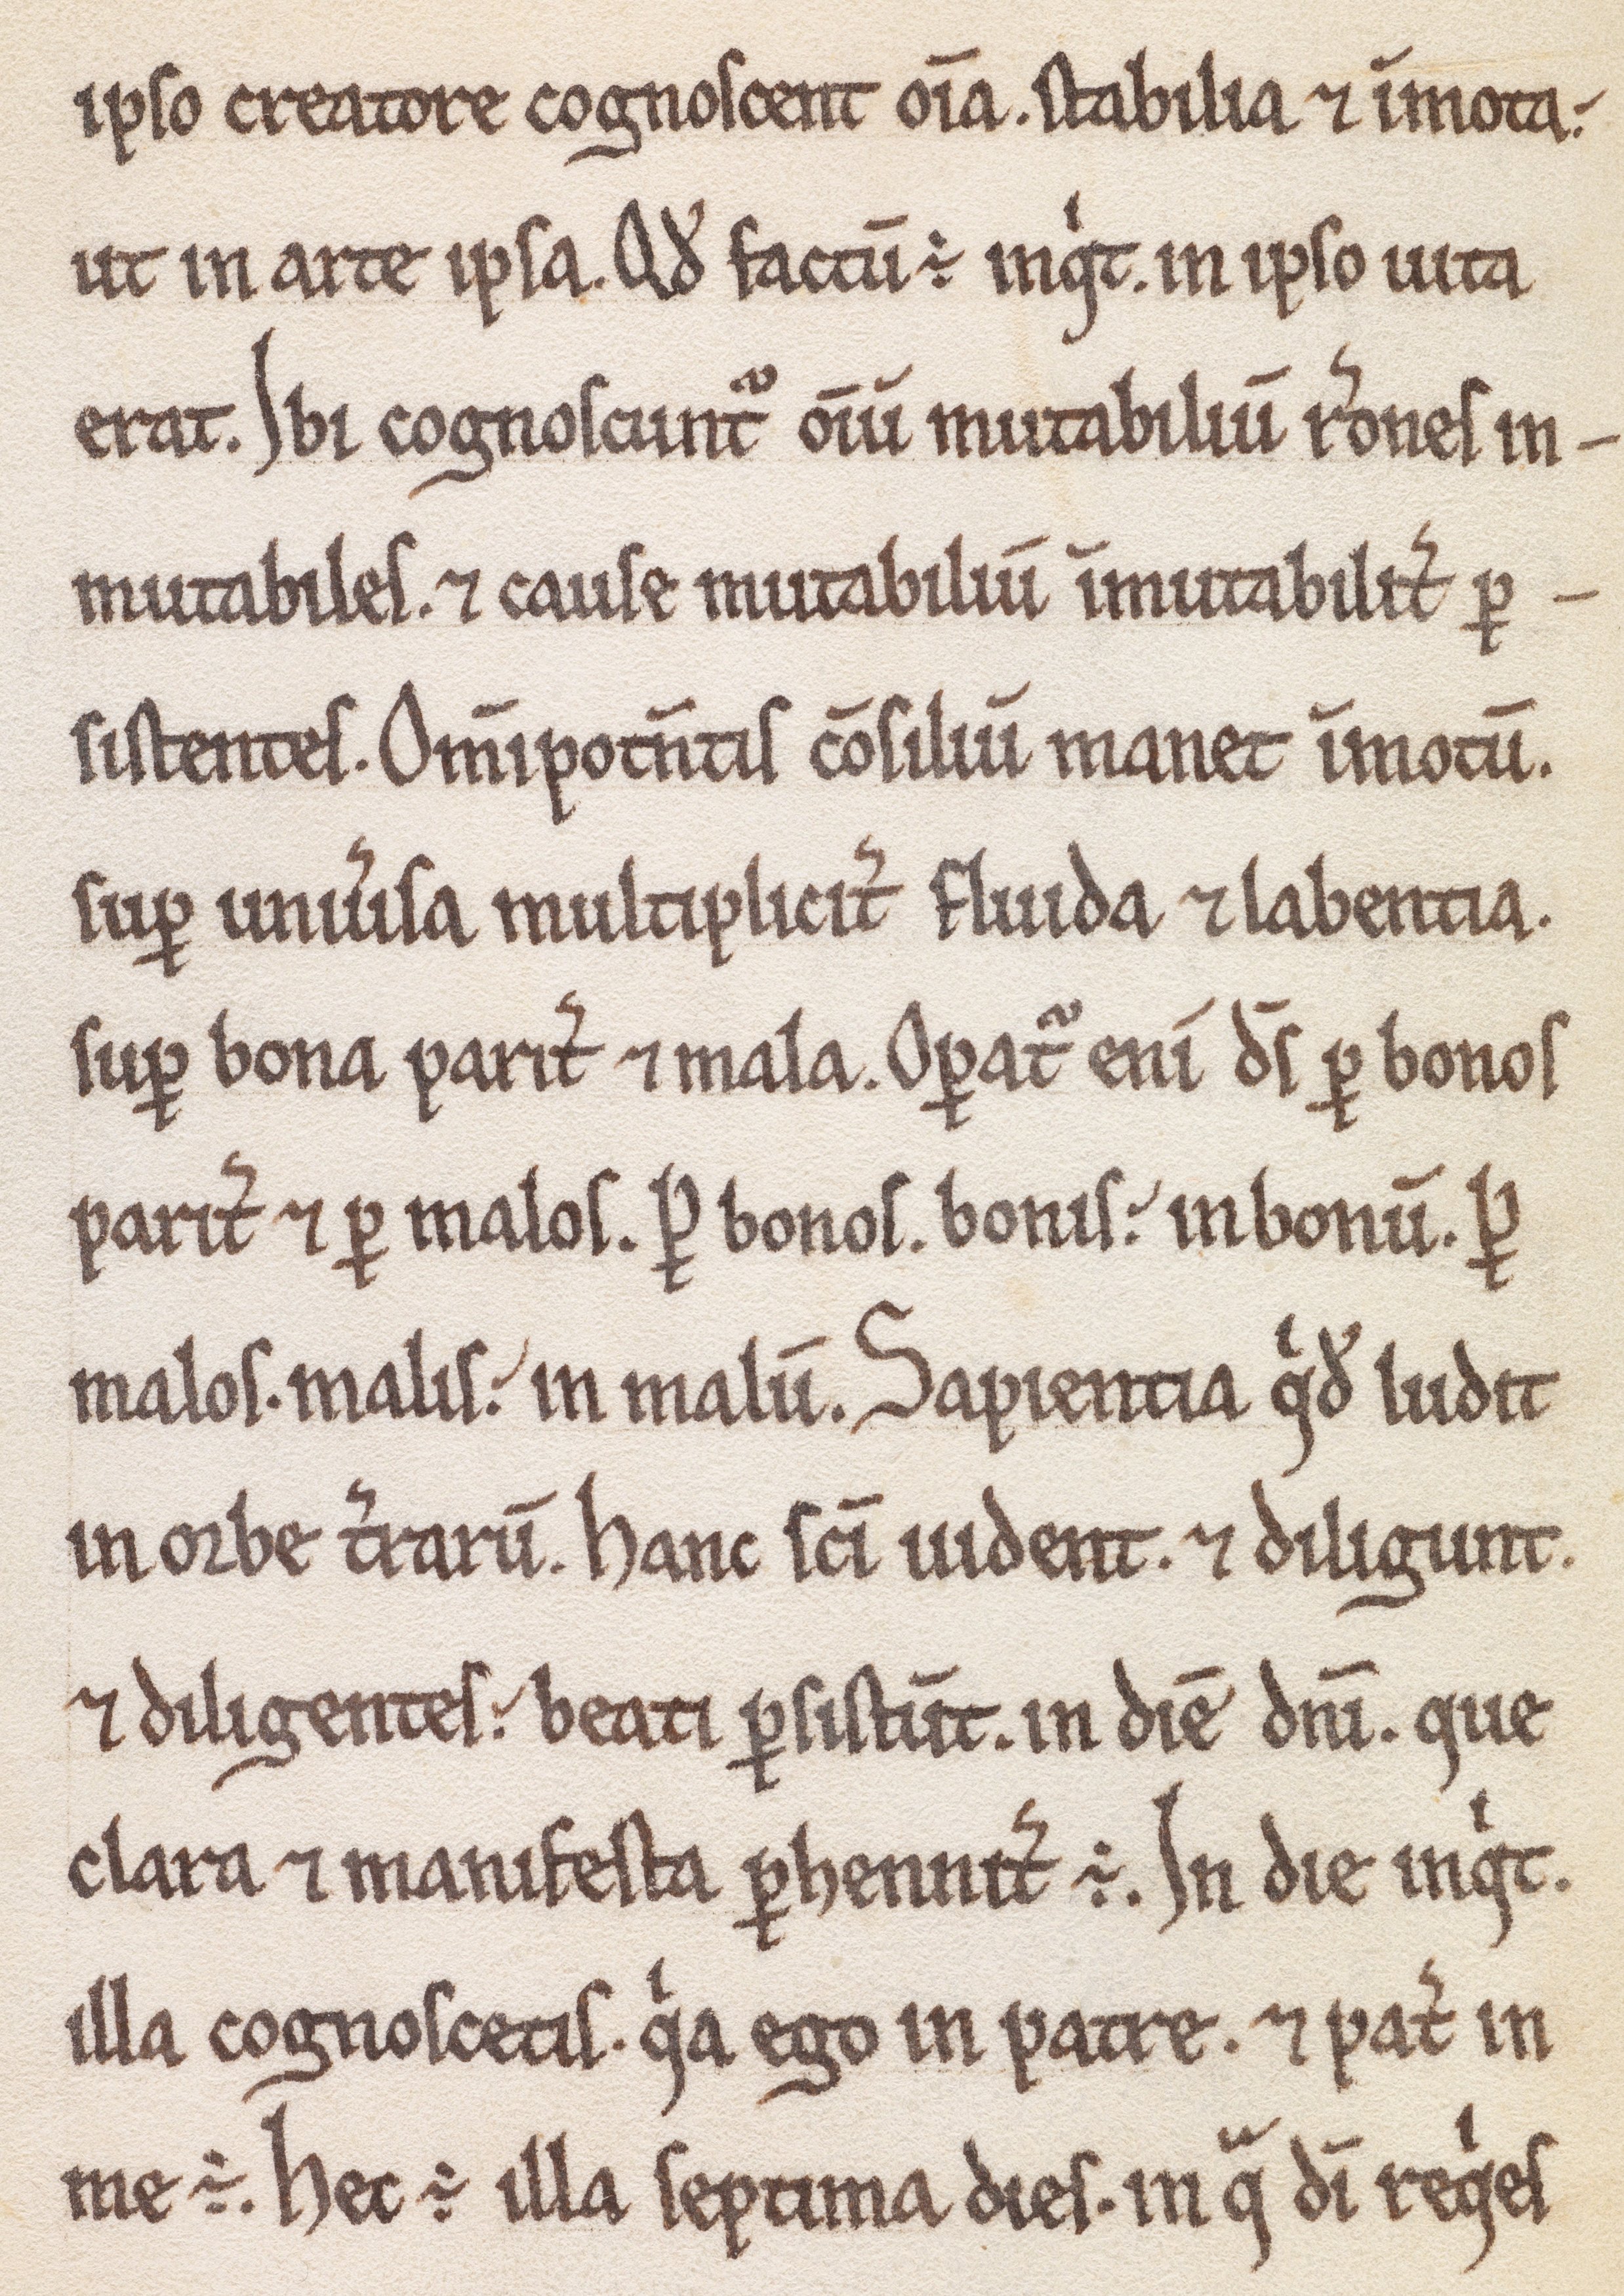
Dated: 1180–1199